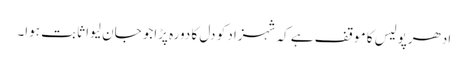
ادھرپولیس کا موقف ہے کہ شہزاد کو دل کا دورہ پڑاجو جان لیوا ثابت ہوا۔